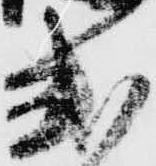
式